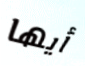
أيها